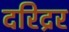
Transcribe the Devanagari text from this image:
दरिद्रर